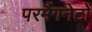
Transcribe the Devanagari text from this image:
परमैंगनेटों